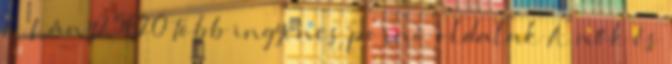
A Lány25820 Több ingyenes pornó oldalak A nők és